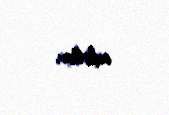
edirlər.